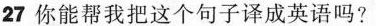
27 你能帮我把这个句子译成英语吗?